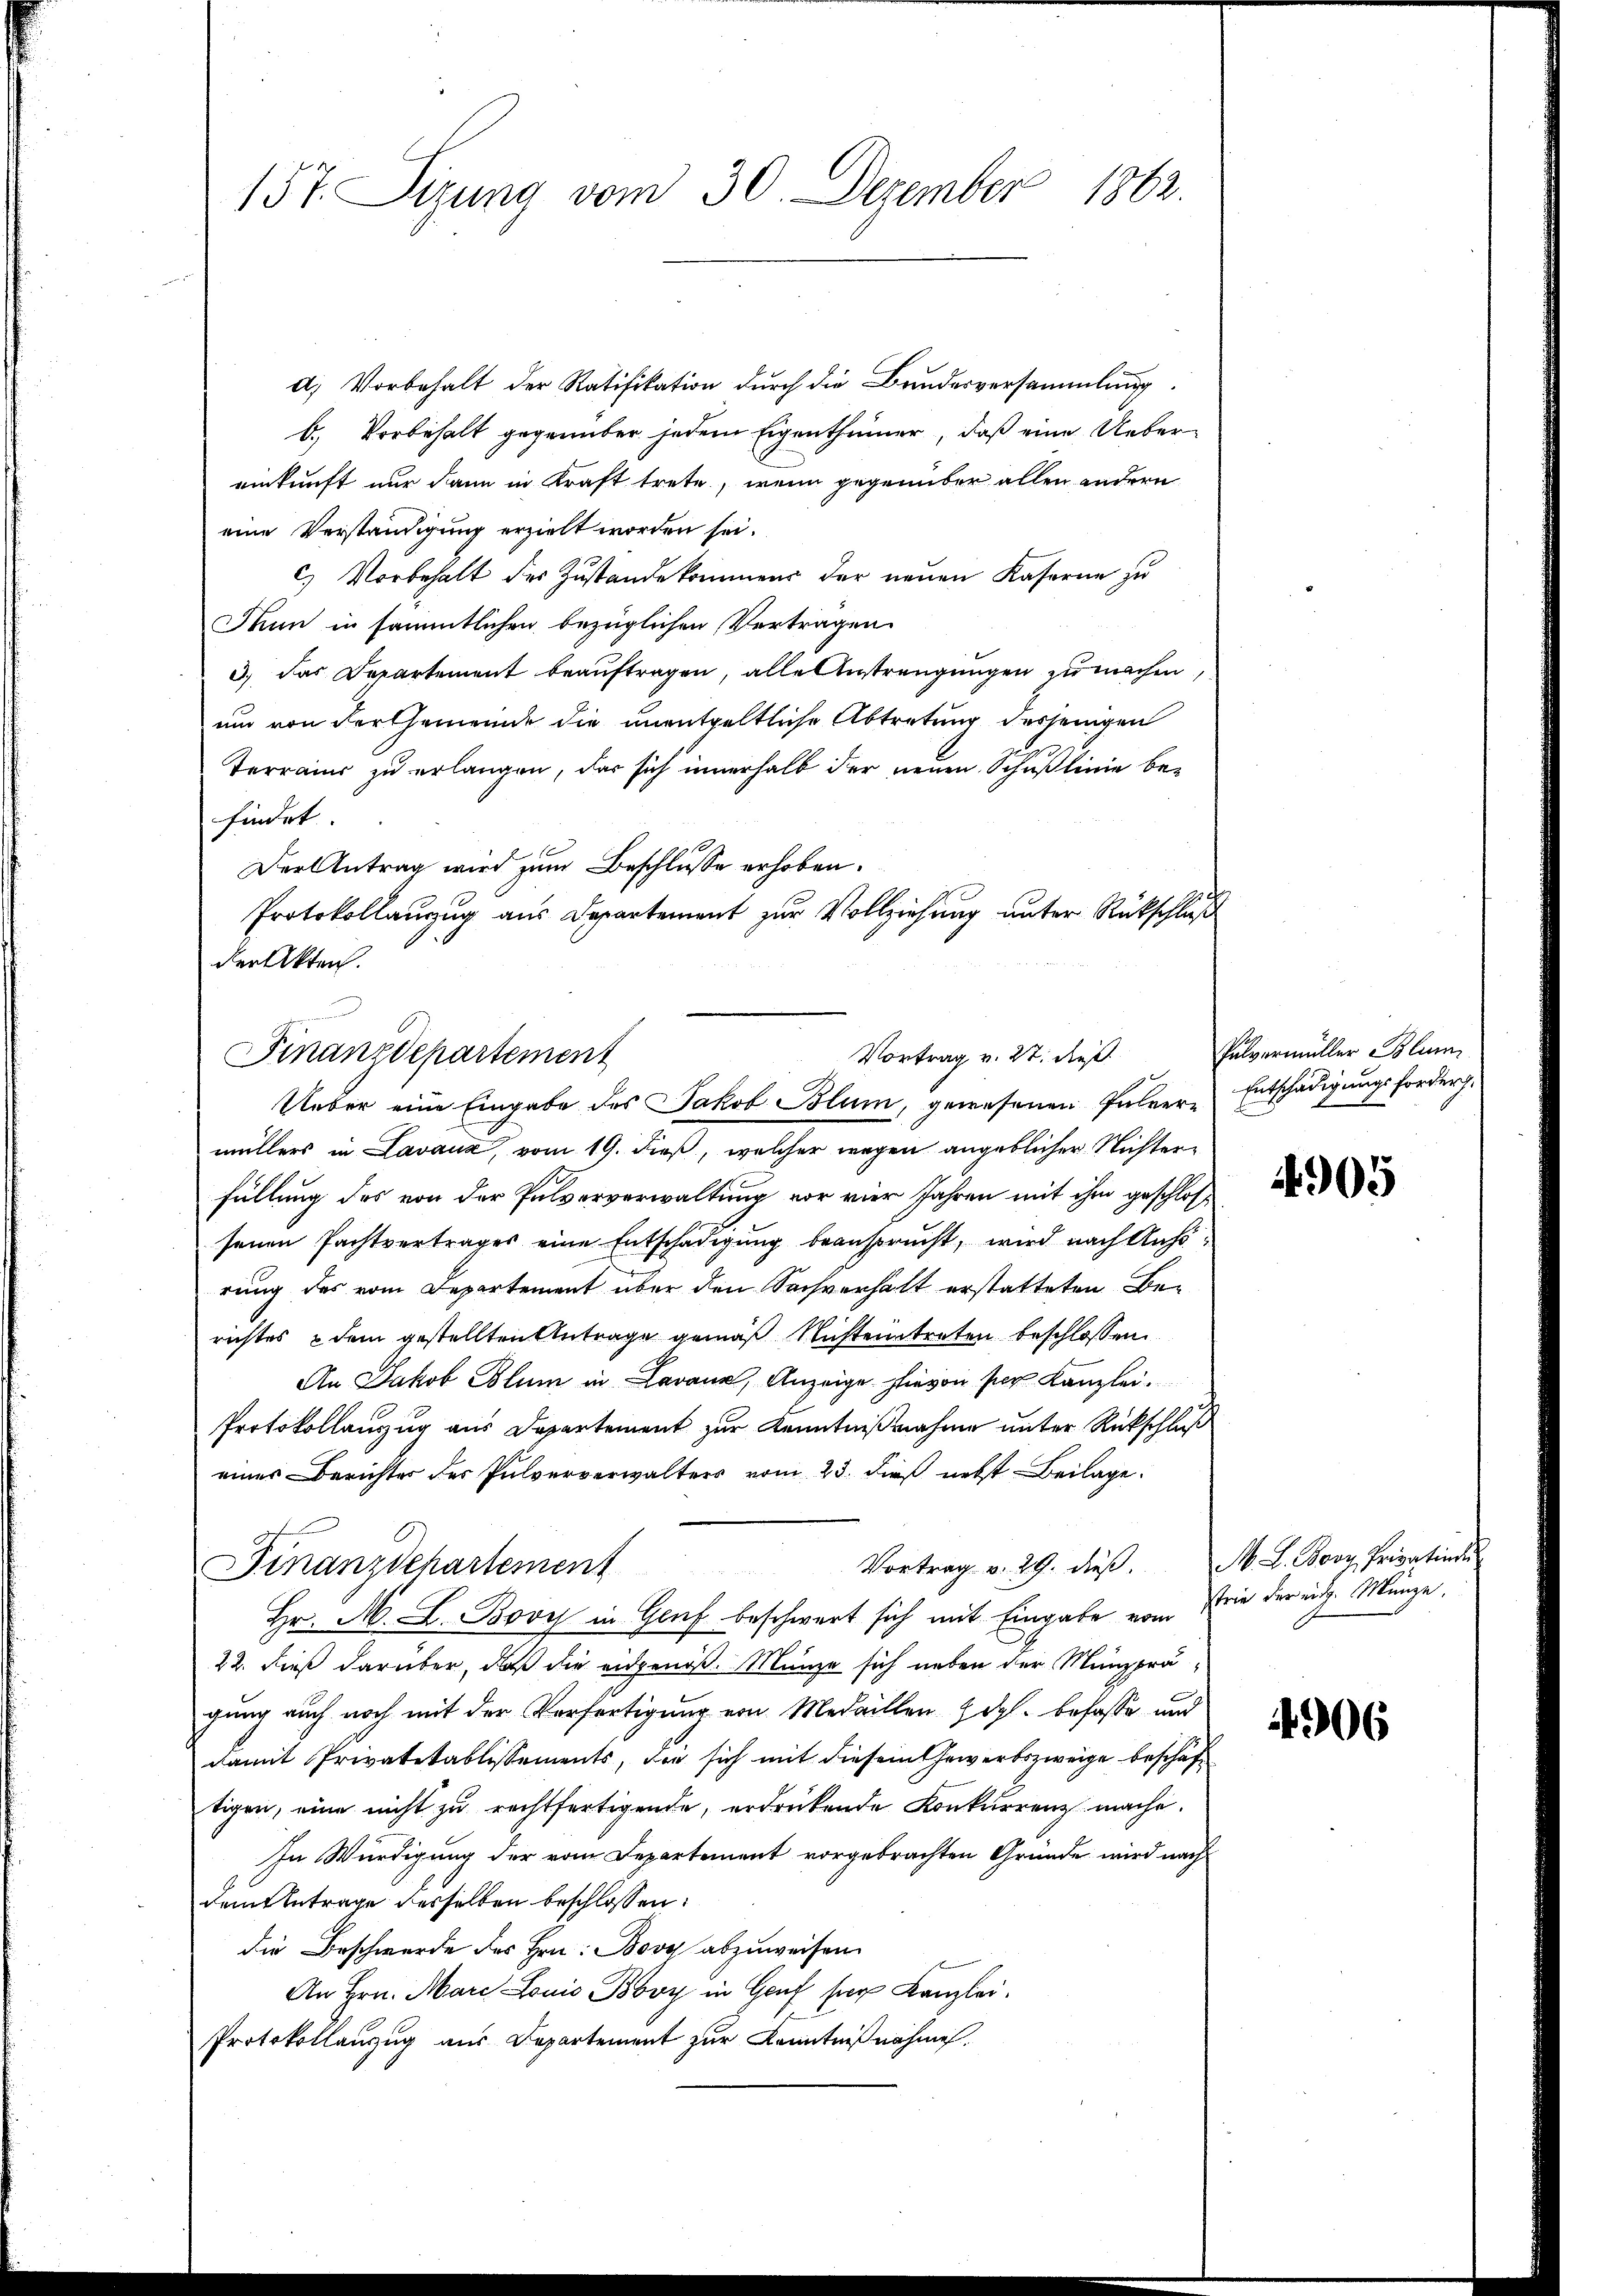
157. Sitzung vom 30. Dezember 1862.

d. Vorbehalt der Ratifikation dŭrch die Bundesversammlung.
b. Vorbehalt gegenüber jedem Eigenthümer, daß eine Uebereinkunft nur dann in Kraft trete, wenn gegenüber allen andern
eine Verständigung erzielt worden sei.
c.) Vorbehalt des Zustande kommens der neuen Kaserne zu
Mun in sämmtlichen bezüglichen Vertragen
3.) Das Departement beauftragen, alle Anstrengungen zu machen,
um von der Gemeinde die unentgeltliche Abtretung desjenigen
Terrains zu erlangen, das sich innerhalb der neuen Schußlinie befindet.
Der Antrag wird zum Beschlusse erhoben.
müllers in Lavana, vom 19. dieß, welcher wegen angeblicher Nichterfüllung des von der Pulververwaltung vor vier Jahren mit ihm geschlossenen Pachtvertrages eine Entschädigung beansprucht, wird nach Anhörung des vom Departement über den Sachverhält erstatteten Berichtes & dem gestellten Antrage gemäß Nichteintreten beschlossen
An Jakob Blum in Lavana, Anzeige hievon per Kanzlei.
Protokollanzug aus Departement zur Kenntnißnahme unter Rückschluß
eines Berichter des Pulververwalters vom 23. dieß nebst Beilage
Vortrag v. 29. dieβ. M. L. Boos, Privation
Finanzdchartement
2
Hr. M. L. Bove in Gluf beschwert sich mit Eingabe vom
22. dieß darüber, daß die eidgenoß. Münze sich neben der Münzprägung auch noch mit der Verfertigung von Medaillen & dgl. befasse und
damit Privatetablissements, die sich mit diesem Gewerbszweige beschäftigen, eine nicht zu rechtfertigende, erdrückende Konkurrenz mache.
In Würdigung der vom Departement vorgebrachten Gründe wird nach
dem Betrage desselben beschlossen:
die Beschwerde des Hrn. Bove abzuweisen.
An Hrn. Marc Louis Bby in Genf ser Kanzlei.
Protokollanzug aus Departement zur Kenntnißnahmen.

Protokollauszug aus Departement zur Vollziehung unter Rückschluß
der Akten.
Vortrag v. 27. dieß
Finanzdepartement
Ueber eine Eingabe des Jakob Blum, gewesenen Pulver- Entschädigungsforders.

Pulvermüller Blum

4905

strie der eidg. Manze.

4906